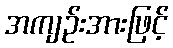
အကျဉ်းအားဖြင့်